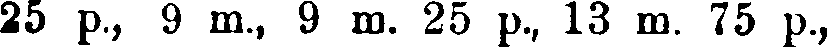
25 p., 9 m., 9 m. 25 p., 13 m. 75 p.,